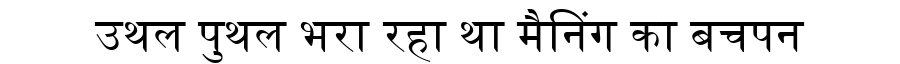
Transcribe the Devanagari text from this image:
उथल पुथल भरा रहा था मैनिंग का बचपन